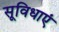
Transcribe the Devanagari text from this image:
सूविधाएं